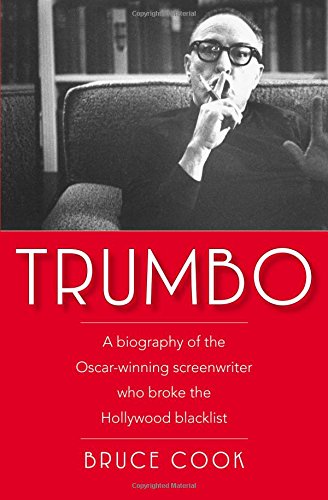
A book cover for TRUMBO; Bruce Cook; Humor & Entertainment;